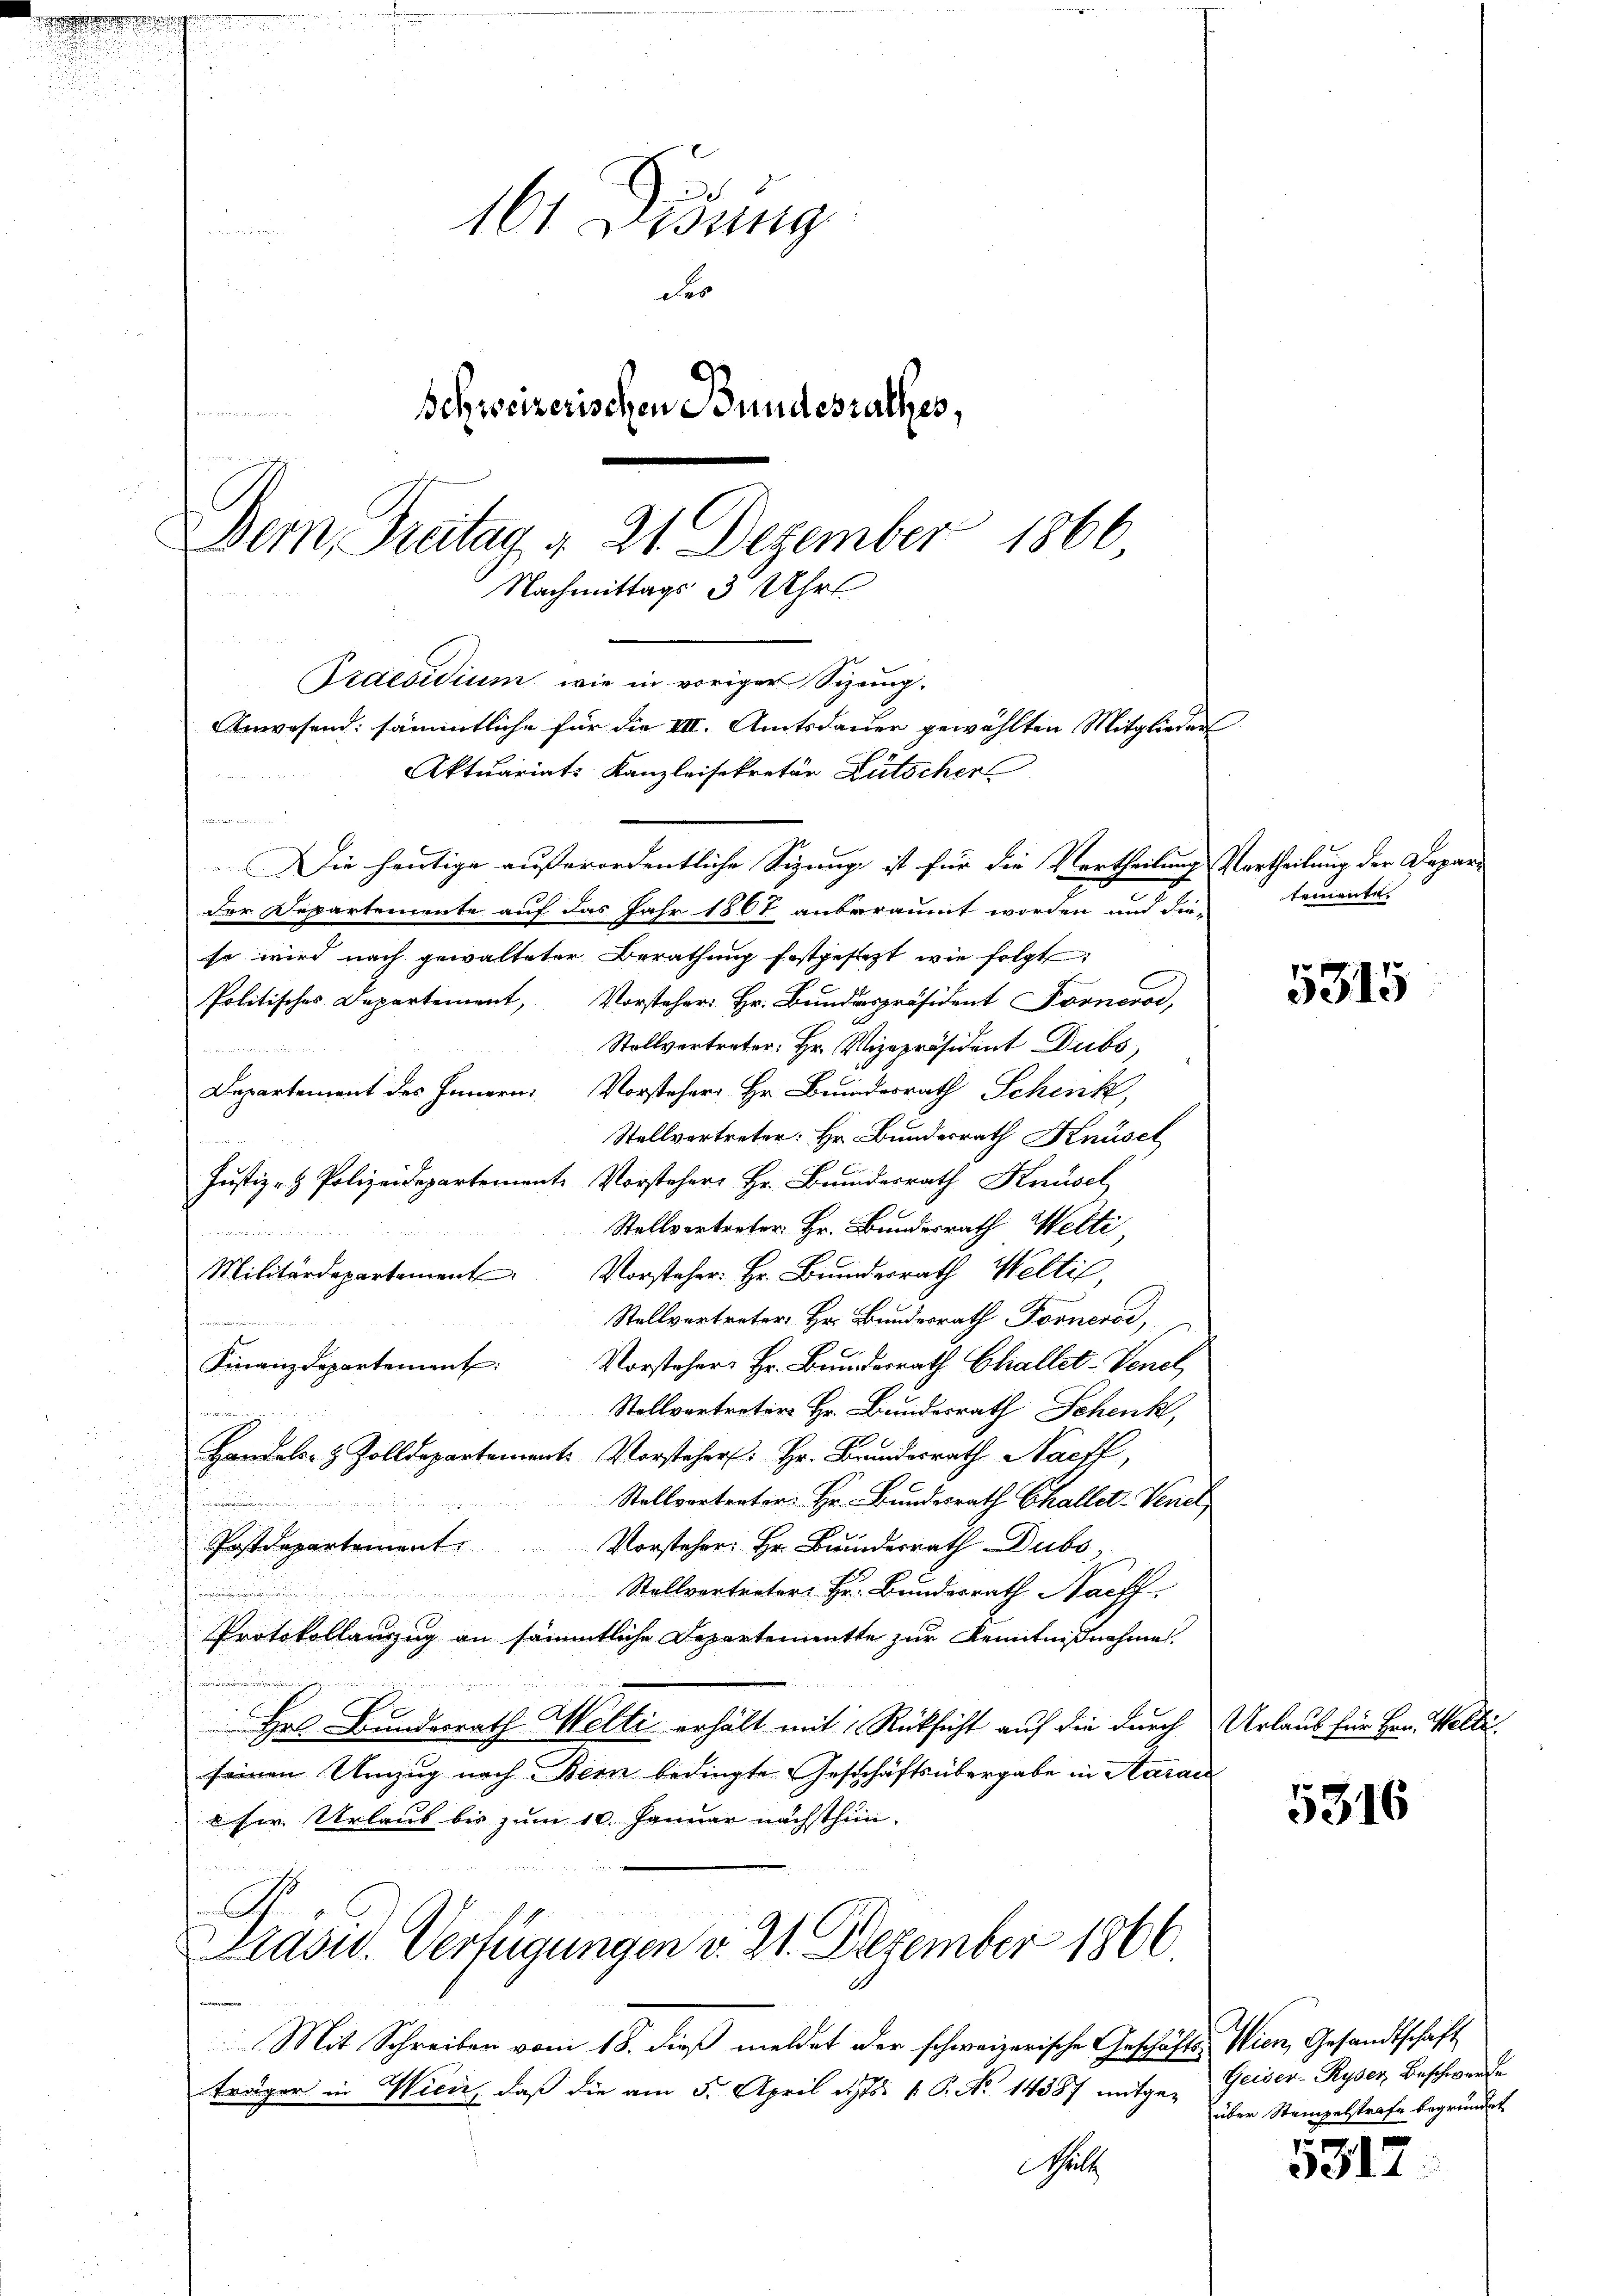
o

161 Didung
des
Schweizerischen Bundesrathes,

Dem Pratag d. 21. Dezember 1866
Nachmittags 3 Uhr
Praesidium wie in voriger Sizung.
Anwesend: sämmtliche für die III. Amtsdauer gewählten Mitglieders
Aktuariat: Kanzleisekretär Lütscher
Die heutige außerordentliche Sitzung ist für die Vertheilung Vertheilung der Depar¬

d

mchen

der Departemente auf das Jahr 1867 anberäumt worden und die-
so wird nach gewalteter Berathung festgesezt wie folgt:
Politisches Departement, Vorsteher: Hr. Bundespräsident Forneros,
Stollvertreter: Hr. Vizepräsident Dubs,

Departement des Innern Vorsteher Hr. Bundesrath Schenk,
Stellvertreter: Hr. Bundesrath Knüsel
3
Justiz- & Polizeidepartemente Vorsteher Hr. Bunderrath Knüsel
Stellvertreter Hr. Bundesrath Welti,
d
Vorsteher: Hr. Bunderrath Welti,
Militärdepartement
Stellvertreter: Hr. Bundesrath Fornerod,
tu den de
Finanzdepartement:
Vorsteher: Hr. Bundesrath Challet-Venel
Stellvertreter Hr. Bundesrath Schenk,
a
Handels- & Zolldepartement. Vorsteher: Hr. Brundesrath Naeff,
Stellvortreter: Hr. Bundesrath Challst Venet,
Vorsteher: Hr. Bundesrath Dubs,
Postdepartement
Stallvertreter Hr. Bundesrath Nachf
aine an eine
Protokollanzug an sämmtliche Departementte zur Kenntnißnahme.
Hr Bundesrath Wetti erhält mit Rücksicht auf die durch Urlaub für Hrn. Welti
seinen Umzug nach Bern bedingte Geschäftsübergabe in Aarau
ser Urlaub bis zum 10. Januar nächsthin.
A

Mit Schreiben vom 18. dieß meldet der schweizerische Geschäftes Wien, Gesandtschaft
träger in Wien, daß die am 5. April d. 1. P. No 14387 mitge-Geiser- Ryser Beschwerde
Schritt

PPräsid. Verfügungen v. 21. Dezember 1866.

temente.

5315

5316

über Steinpelstrafe begründet

5312